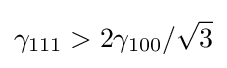
\gamma _{111}>2\gamma _{100}/{\sqrt {3}}